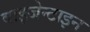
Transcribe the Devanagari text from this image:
वाइजेन्टाइन